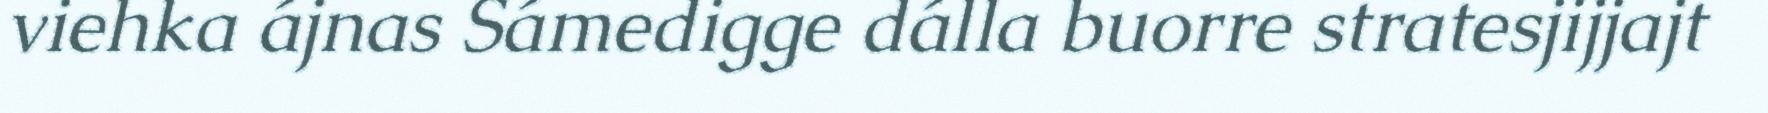
viehka ájnas Sámedigge dálla buorre stratesjijjajt